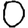
Digit: 0